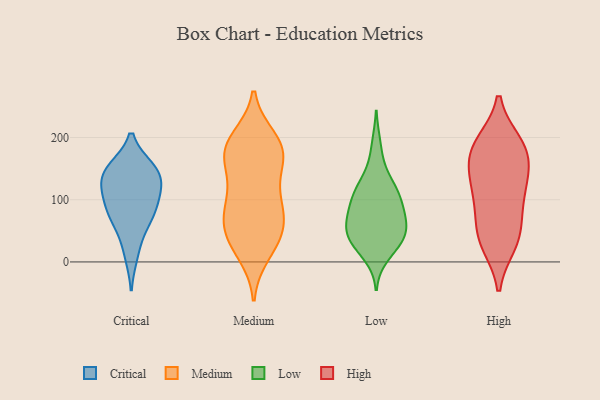
{"axis": {"x": "Population (Million)", "y": "Value"}, "legend": ["Critical", "High", "Low", "Medium"], "data": [{"x": "", "y": 150, "type": "Critical"}, {"x": "", "y": 108, "type": "Critical"}, {"x": "", "y": 88, "type": "Critical"}, {"x": "", "y": 148, "type": "Critical"}, {"x": "", "y": 75, "type": "Critical"}, {"x": "", "y": 112, "type": "Critical"}, {"x": "", "y": 11, "type": "Critical"}, {"x": "", "y": 127, "type": "Critical"}, {"x": "", "y": 140, "type": "Critical"}, {"x": "", "y": 51, "type": "Critical"}, {"x": "", "y": 77, "type": "Critical"}, {"x": "", "y": 149, "type": "Critical"}, {"x": "", "y": 167, "type": "Medium"}, {"x": "", "y": 108, "type": "Medium"}, {"x": "", "y": 198, "type": "Medium"}, {"x": "", "y": 13, "type": "Medium"}, {"x": "", "y": 176, "type": "Medium"}, {"x": "", "y": 176, "type": "Medium"}, {"x": "", "y": 182, "type": "Medium"}, {"x": "", "y": 116, "type": "Medium"}, {"x": "", "y": 31, "type": "Medium"}, {"x": "", "y": 26, "type": "Medium"}, {"x": "", "y": 53, "type": "Medium"}, {"x": "", "y": 89, "type": "Medium"}, {"x": "", "y": 86, "type": "Medium"}, {"x": "", "y": 177, "type": "Medium"}, {"x": "", "y": 61, "type": "Medium"}, {"x": "", "y": 72, "type": "Medium"}, {"x": "", "y": 199, "type": "Medium"}, {"x": "", "y": 148, "type": "Medium"}, {"x": "", "y": 51, "type": "Medium"}, {"x": "", "y": 68, "type": "Low"}, {"x": "", "y": 48, "type": "Low"}, {"x": "", "y": 117, "type": "Low"}, {"x": "", "y": 188, "type": "Low"}, {"x": "", "y": 32, "type": "Low"}, {"x": "", "y": 103, "type": "Low"}, {"x": "", "y": 105, "type": "Low"}, {"x": "", "y": 147, "type": "Low"}, {"x": "", "y": 29, "type": "Low"}, {"x": "", "y": 63, "type": "Low"}, {"x": "", "y": 53, "type": "Low"}, {"x": "", "y": 10, "type": "Low"}, {"x": "", "y": 80, "type": "Low"}, {"x": "", "y": 121, "type": "Low"}, {"x": "", "y": 72, "type": "Low"}, {"x": "", "y": 41, "type": "Low"}, {"x": "", "y": 102, "type": "Low"}, {"x": "", "y": 33, "type": "Low"}, {"x": "", "y": 88, "type": "High"}, {"x": "", "y": 152, "type": "High"}, {"x": "", "y": 29, "type": "High"}, {"x": "", "y": 131, "type": "High"}, {"x": "", "y": 191, "type": "High"}, {"x": "", "y": 32, "type": "High"}, {"x": "", "y": 178, "type": "High"}, {"x": "", "y": 104, "type": "High"}, {"x": "", "y": 58, "type": "High"}, {"x": "", "y": 153, "type": "High"}, {"x": "", "y": 184, "type": "High"}, {"x": "", "y": 40, "type": "High"}, {"x": "", "y": 191, "type": "High"}, {"x": "", "y": 116, "type": "High"}]}